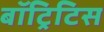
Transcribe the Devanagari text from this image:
बॉट्रिटिस